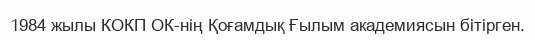
1984 жылы КОКП ОК-нің Қоғамдық Ғылым академиясын бітірген.